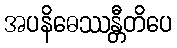
အပနိဓေဿန္တီတိပေ